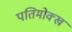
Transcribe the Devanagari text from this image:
पतिमोक्ख